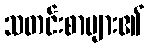
သတင်းစာများ၏